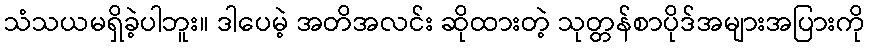
သံသယမရှိခဲ့ပါဘူး။ ဒါပေမဲ့ အတိအလင်း ဆိုထားတဲ့ သုတ္တန်စာပိုဒ်အများအပြားကို